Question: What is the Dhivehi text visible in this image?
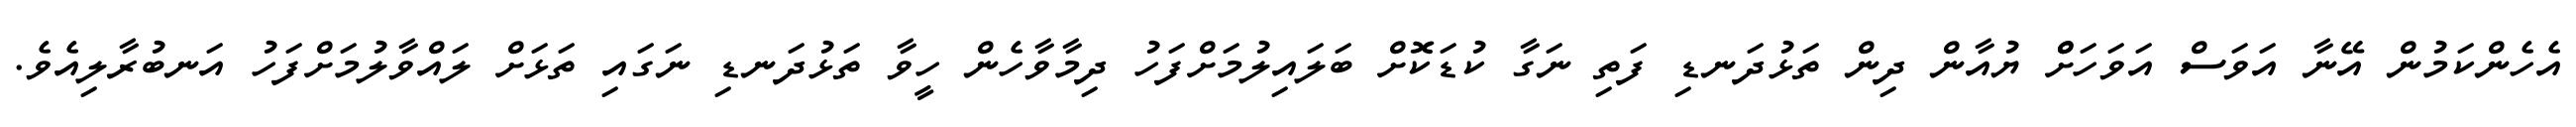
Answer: އެހެންކަމުން އޭނާ އަވަސް އަވަހަށްް ޔުއާން ދިން ތަޅުދަނޑި ފަތި ނަގާ ކުޑަކޮށް ބަލައިލުމަށްފަހު ދިމާވާހެން ހީވާ ތަޅުދަނޑި ނަގައި ތަޅަށް ލައްވާލުމަށްފަހު އަނބުރާލިއެވެ.